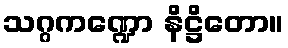
သဂ္ဂကဏ္ဍော နိဋ္ဌိတော။